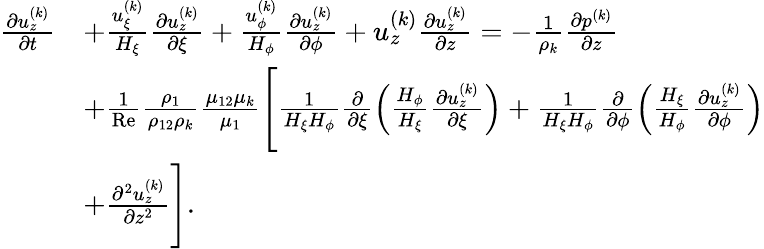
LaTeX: \begin{array}{r}{\begin{array}{rl}{\frac{\partial u_{z}^{(k)}}{\partial t}}&{+\frac{u_{\xi}^{(k)}}{H_{\xi}}\frac{\partial u_{z}^{(k)}}{\partial\xi}+\frac{u_{\phi}^{(k)}}{H_{\phi}}\frac{\partial u_{z}^{(k)}}{\partial\phi}+u_{z}^{(k)}\frac{\partial u_{z}^{(k)}}{\partial z}=-\frac{1}{\rho_{k}}\frac{\partial p^{(k)}}{\partial z}}\\ &{+\frac{1}{\mathrm{Re}}\frac{\rho_{1}}{\rho_{12}\rho_{k}}\frac{\mu_{12}\mu_{k}}{\mu_{1}}\Biggl[\frac{1}{H_{\xi}H_{\phi}}\frac{\partial}{\partial\xi}\left(\frac{H_{\phi}}{H_{\xi}}\frac{\partial u_{z}^{(k)}}{\partial\xi}\right)+\frac{1}{H_{\xi}H_{\phi}}\frac{\partial}{\partial\phi}\left(\frac{H_{\xi}}{H_{\phi}}\frac{\partial u_{z}^{(k)}}{\partial\phi}\right)}\\ &{+\frac{\partial^{2}u_{z}^{(k)}}{\partial z^{2}}\Biggr].}\end{array}}\end{array}